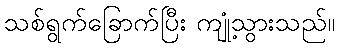
သစ်ရွက်ခြောက်ပြီး ကျုံ့သွားသည်။